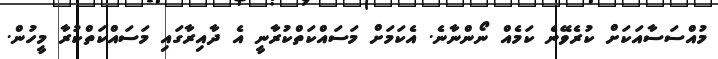
މުއްސަސާއަކަށް ކުރެވޭނެ ކަމެއް ނޯންނާނެ. އެކަމަށް މަސައްކަތްކުރާނީ އެ ދާއިރާގައި މަސައްކަތްކުރާ މީހުން.